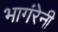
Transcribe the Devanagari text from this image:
भागंरेनी